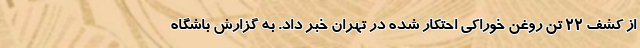
از کشف ۲۲ تن روغن خوراکی احتکار شده در تهران خبر داد. به گزارش باشگاه